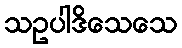
သဥပါဒိသေသေ